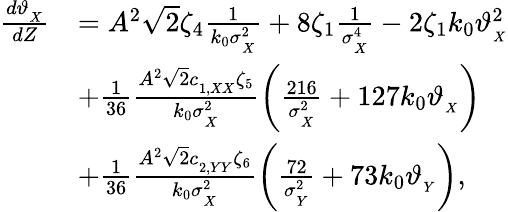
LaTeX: \begin{array}{rl}{\frac{d\vartheta_{_{X}}}{dZ}}&{=A^{2}\sqrt{2}\zeta_{4}\frac{1}{k_{0}\sigma_{_X}^{2}}+8\zeta_{1}\frac{1}{\sigma_{_X}^{4}}-2\zeta_{1}k_{0}\vartheta_{_{X}}^{2}}\\ &{+\frac{1}{36}\frac{A^{2}\sqrt{2}c_{_{1,XX}}\zeta_{5}}{k_{0}\sigma_{_X}^{2}}\left(\frac{216}{\sigma_{_X}^{2}}+127k_{0}\vartheta_{_{X}}\right)}\\ &{+\frac{1}{36}\frac{A^{2}\sqrt{2}c_{_{2,YY}}\zeta_{6}}{k_{0}\sigma_{_X}^{2}}\left(\frac{72}{\sigma_{_Y}^{2}}+73k_{0}\vartheta_{_{Y}}\right),}\end{array}